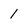
Character: 1